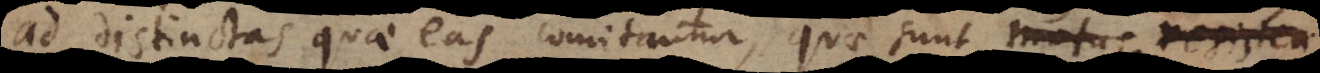
ad distinctas quae eas comitantur, quae sunt motus, resisten